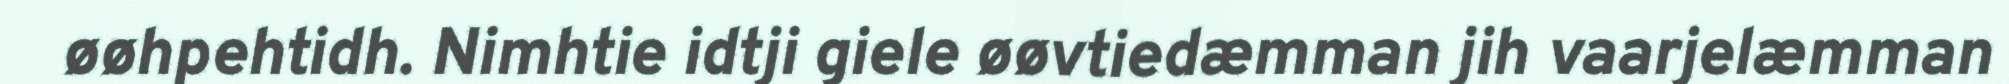
øøhpehtidh. Nimhtie idtji giele øøvtiedæmman jih vaarjelæmman